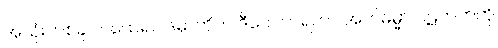
အသုံးတစ်ခုပါ။ ထေရဝါဒမှာကိုက ဒီဝေါဟာရဟာ အဘိဓမ္မာ ပိဋကတ်ကို